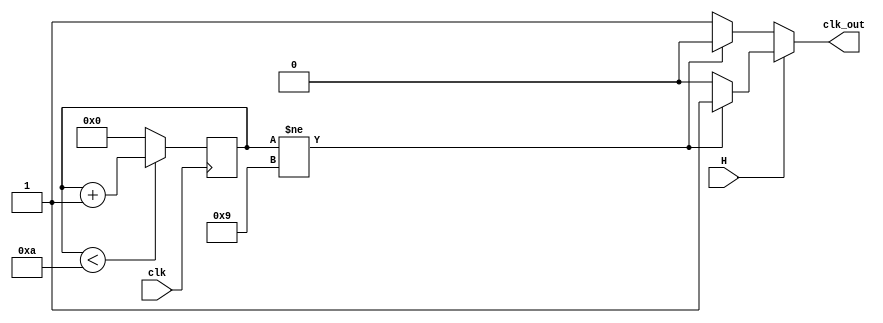
module sqwaveGen(clk,H,clk_out);
input wire clk, H;
output reg  clk_out = 0;


reg [3:0] count = 0;

always @(posedge clk)
begin
    if (count < 10)
        count = count +1;
    else
        count = 0;
end

always @(count)
begin

    if (H)
        begin
        if (count != 9) clk_out = 1;
        else clk_out = 0;
        
        end
    else
        begin
        if (count != 9) clk_out = 0;
        else clk_out = 1;
        end

end



 
endmodule